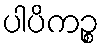
ပါပိကဉ္စ